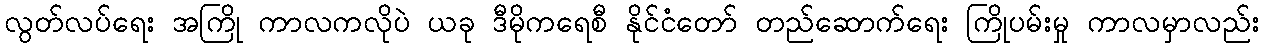
လွတ်လပ်ရေး အကြို ကာလကလိုပဲ ယခု ဒီမိုကရေစီ နိုင်ငံတော် တည်ဆောက်ရေး ကြိုပမ်းမှု ကာလမှာလည်း